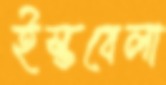
ইস্তবেলা